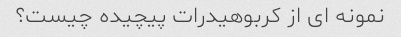
نمونه ای از کربوهیدرات پیچیده چیست؟